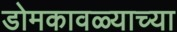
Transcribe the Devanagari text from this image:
डोमकावळ्याच्या